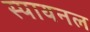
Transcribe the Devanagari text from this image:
स्पायनल